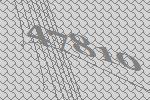
47810